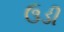
ઉડી